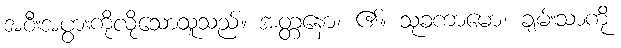
အစီးအပွားကိုလိုသောသူသည်။ အတ္တနော၊ ၏။ သုခကာမော၊ ချမ်းသာကို